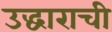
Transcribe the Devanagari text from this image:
उद्धाराची